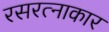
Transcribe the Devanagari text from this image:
रसरत्नाकार